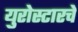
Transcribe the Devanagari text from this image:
युरोस्टारचे